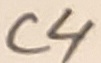
Text: C4